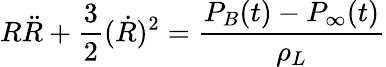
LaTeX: R\ddot{R}+\frac{3}{2}(\dot{R})^{2}=\frac{P_{B}(t)-P_{\infty}(t)}{\rho_{L}}